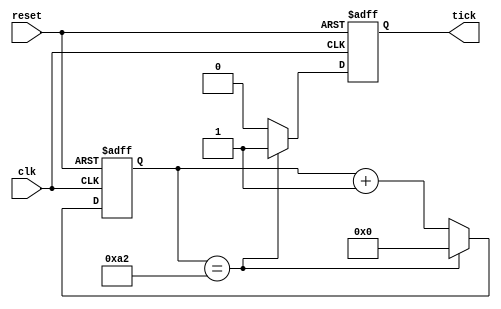
module Baud_Rate_Generator(
    input clk, reset,
    output reg tick
);
    parameter BAUD_RATE_DIVISOR = 163; // 50M/16*BAUD_RATE (CLOCK IS 50MHz)
    parameter BAUD_RATE_DIVISOR_BIT = 8;

    reg[BAUD_RATE_DIVISOR_BIT-1 : 0] counter;

    always @(posedge clk, posedge reset)
    begin
        if(reset)
        begin
            counter <= 0;
            tick <= 0;
        end

        else if(counter == BAUD_RATE_DIVISOR-1)
        begin
            counter <= 0;
            tick <= 1;
        end

        else
        begin
            counter <= counter + 1;
            tick <= 0;
        end
    end
endmodule